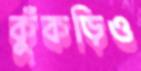
কুঁকড়িও